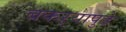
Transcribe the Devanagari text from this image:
बकऱ्यापुढे